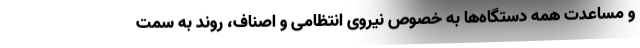
و مساعدت همه دستگاه‌ها به خصوص نیروی انتظامی و اصناف، روند به سمت